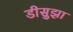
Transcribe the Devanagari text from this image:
डीसुझा